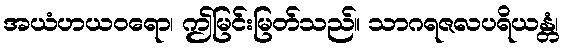
အယံဟယဝရော၊ ဤမြင်းမြတ်သည်။ သာဂရဇလပရိယန္တံ၊